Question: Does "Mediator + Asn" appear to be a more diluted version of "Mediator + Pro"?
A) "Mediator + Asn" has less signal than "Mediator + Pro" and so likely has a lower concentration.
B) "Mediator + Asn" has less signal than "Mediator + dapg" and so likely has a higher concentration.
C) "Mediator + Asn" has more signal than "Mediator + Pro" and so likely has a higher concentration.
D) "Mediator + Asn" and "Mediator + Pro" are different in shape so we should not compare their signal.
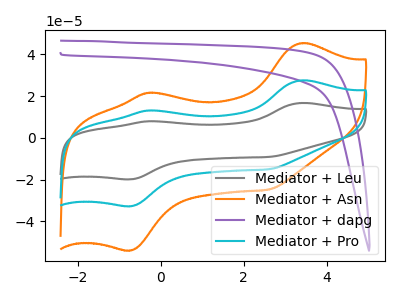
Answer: <think>The gray curve "Mediator + Leu" has anodic peaks at (3.40V, 55.10uA) (-0.25V, 26.30uA) and cathodic peaks at (-0.75V, -65.40uA) (2.60V, -30.00uA). The orange curve "Mediator + Asn" has anodic peaks at (3.40V, 45.40uA) (-0.25V, 21.65uA) and cathodic peaks at (-0.75V, -53.85uA) (2.60V, -24.70uA). The purple curve "Mediator + dapg" has no peaks. The cyan curve "Mediator + Pro" has anodic peaks at (3.40V, 27.55uA) (-0.25V, 13.15uA) and cathodic peaks at (-0.75V, -32.70uA) (2.60V, -15.00uA).
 All the peaks in "Mediator + Asn" have a peak in "Mediator + Pro" at the same potential. Every peak in "Mediator + Asn" is higher than every peak in "Mediator + Pro".</think>
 <answer>C) "Mediator + Asn" has more signal than "Mediator + Pro" and so likely has a higher concentration.</answer>
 <eval>C</eval>